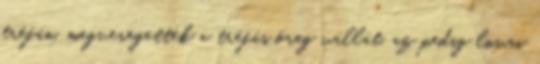
tréfán, megveregették a tréfás öreg vállát, az pedig lovai